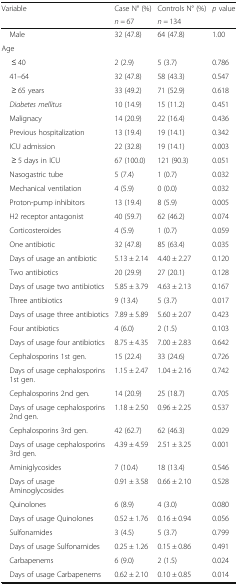
<table><thead><tr><td><b>Variable</b></td><td><b>Case N° (%)</b></td><td><b>Controls N° (%)</b></td><td><b><i>p</i> value</b></td></tr><tr><td></td><td><b><i>n =</i> 67</b></td><td><b><i>n =</i> 134</b></td><td></td></tr></thead><tbody><tr><td> Male</td><td>32 (47.8)</td><td>64 (47.8)</td><td>1.00</td></tr><tr><td colspan="4">Age</td></tr><tr><td>≤ 40</td><td>2 (2.9)</td><td>5 (3.7)</td><td>0.786</td></tr><tr><td> 41–64</td><td>32 (47.8)</td><td>58 (43.3)</td><td>0.547</td></tr><tr><td>≥ 65 years</td><td>33 (49.2)</td><td>71 (52.9)</td><td>0.618</td></tr><tr><td> <i>Diabetes mellitus</i></td><td>10 (14.9)</td><td>15 (11.2)</td><td>0.451</td></tr><tr><td> Malignacy</td><td>14 (20.9)</td><td>22 (16.4)</td><td>0.436</td></tr><tr><td> Previous hospitalization</td><td>13 (19.4)</td><td>19 (14.1)</td><td>0.342</td></tr><tr><td> ICU admission</td><td>22 (32.8)</td><td>19 (14.1)</td><td>0.003</td></tr><tr><td>≥ 5 days in ICU</td><td>67 (100.0)</td><td>121 (90.3)</td><td>0.051</td></tr><tr><td> Nasogastric tube</td><td>5 (7.4)</td><td>1 (0.7)</td><td>0.032</td></tr><tr><td> Mechanical ventilation</td><td>4 (5.9)</td><td>0 (0.0)</td><td>0.032</td></tr><tr><td> Proton-pump inhibitors</td><td>13 (19.4)</td><td>8 (5.9)</td><td>0.005</td></tr><tr><td> H2 receptor antagonist</td><td>40 (59.7)</td><td>62 (46.2)</td><td>0.074</td></tr><tr><td> Corticosteroides</td><td>4 (5.9)</td><td>1 (0.7)</td><td>0.059</td></tr><tr><td> One antibiotic</td><td>32 (47.8)</td><td>85 (63.4)</td><td>0.035</td></tr><tr><td> Days of usage an antibiotic</td><td>5.13 ± 2.14</td><td>4.40 ± 2.27</td><td>0.120</td></tr><tr><td> Two antibiotics</td><td>20 (29.9)</td><td>27 (20.1)</td><td>0.128</td></tr><tr><td> Days of usage two antibiotics</td><td>5.85 ± 3.79</td><td>4.63 ± 2.13</td><td>0.167</td></tr><tr><td> Three antibiotics</td><td>9 (13.4)</td><td>5 (3.7)</td><td>0.017</td></tr><tr><td> Days of usage three antibiotics</td><td>7.89 ± 5.89</td><td>5.60 ± 2.07</td><td>0.423</td></tr><tr><td> Four antibiotics</td><td>4 (6.0)</td><td>2 (1.5)</td><td>0.103</td></tr><tr><td> Days of usage four antibiotics</td><td>8.75 ± 4.35</td><td>7.00 ± 2.83</td><td>0.642</td></tr><tr><td> Cephalosporins 1st gen.</td><td>15 (22.4)</td><td>33 (24.6)</td><td>0.726</td></tr><tr><td> Days of usage cephalosporins 1st gen.</td><td>1.15 ± 2.47</td><td>1.04 ± 2.16</td><td>0.742</td></tr><tr><td> Cephalosporins 2nd gen.</td><td>14 (20.9)</td><td>25 (18.7)</td><td>0.705</td></tr><tr><td> Days of usage cephalosporins 2nd gen.</td><td>1.18 ± 2.50</td><td>0.96 ± 2.25</td><td>0.537</td></tr><tr><td> Cephalosporins 3rd gen.</td><td>42 (62.7)</td><td>62 (46.3)</td><td>0.029</td></tr><tr><td> Days of usage cephalosporins 3rd gen.</td><td>4.39 ± 4.59</td><td>2.51 ± 3.25</td><td>0.001</td></tr><tr><td> Aminiglycosides</td><td>7 (10.4)</td><td>18 (13.4)</td><td>0.546</td></tr><tr><td> Days of usage Aminoglycosides</td><td>0.91 ± 3.58</td><td>0.66 ± 2.10</td><td>0.528</td></tr><tr><td> Quinolones</td><td>6 (8.9)</td><td>4 (3.0)</td><td>0.080</td></tr><tr><td> Days of usage Quinolones</td><td>0.52 ± 1.76</td><td>0.16 ± 0.94</td><td>0.056</td></tr><tr><td> Sulfonamides</td><td>3 (4.5)</td><td>5 (3.7)</td><td>0.799</td></tr><tr><td> Days of usage Sulfonamides</td><td>0.25 ± 1.26</td><td>0.15 ± 0.86</td><td>0.491</td></tr><tr><td> Carbapenems</td><td>6 (9.0)</td><td>2 (1.5)</td><td>0.024</td></tr><tr><td> Days of usage Carbapenems</td><td>0.62 ± 2.10</td><td>0.10 ± 0.85</td><td>0.014</td></tr></tbody></table>